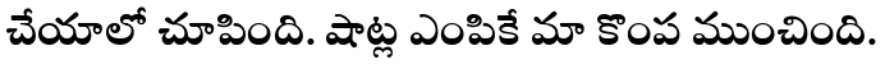
చేయాలో చూపింది. షాట్ల ఎంపికే మా కొంప ముంచింది.